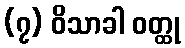
(၇) ဝိသာခါ ဝတ္ထု